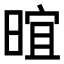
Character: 𬁁